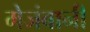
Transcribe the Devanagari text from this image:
मेजंबानी